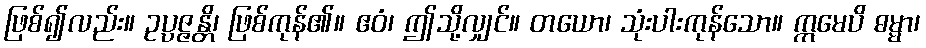
ဖြစ်၍လည်း။ ဥပ္ပဇ္ဇန္တိ၊ ဖြစ်ကုန်၏။ ဧဝံ၊ ဤသို့လျှင်။ တယော၊ သုံးပါးကုန်သော။ ဣမေပိ ဓမ္မာ၊